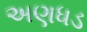
અણધડ